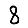
Digit: 8